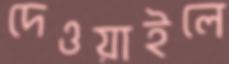
দেওয়াইলে